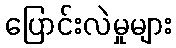
ပြောင်းလဲမှုများ